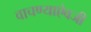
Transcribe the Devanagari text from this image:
वाचण्याऐवजी